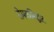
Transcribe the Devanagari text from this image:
रोमकसिद्धांत